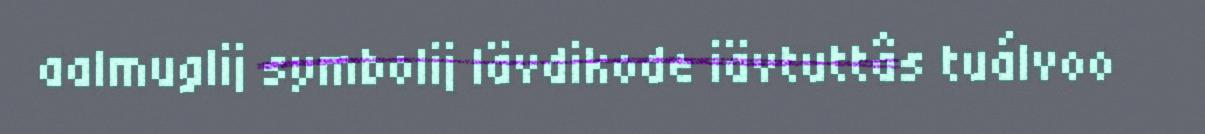
aalmuglij symbolij lävdikode iävtuttâs tuálvoo